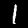
Label: 1